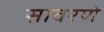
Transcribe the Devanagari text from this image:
सावरणे